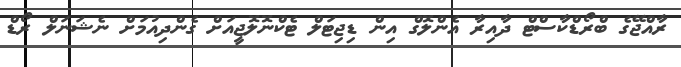
ރާއްޖޭގެ ބްރޯޑްކާސްޓް ދާއިރާ އެންލޮގް އިން ޑިޖިޓަލް ޓެކްނޮލޮޖީއަށް ގެންދިއުމަށް ނެޝަނަލް ރޯޑް